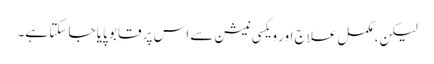
لیکن، مکمل علاج اور ویکسی نیشن سے اس پر قابو پایا جا سکتا ہے۔